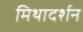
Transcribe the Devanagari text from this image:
मिथादर्शन